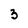
Character: 3